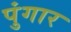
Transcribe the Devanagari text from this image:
पुंगार